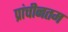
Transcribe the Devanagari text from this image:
प्रांचीनतम